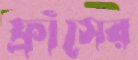
ফ্রাঁসের